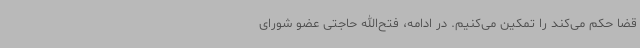
قضا حکم می‌کند را تمکین می‌کنیم. در ادامه، فتح‌الله حاجتی عضو شورای